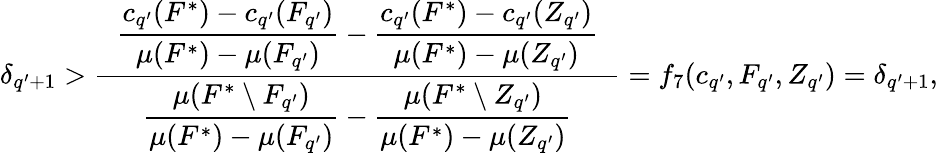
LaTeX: \delta_{q^{\prime}+1}>\frac{\hphantom{x}\displaystyle\frac{c_{q^{\prime}}(F^{*})-c_{q^{\prime}}(F_{q^{\prime}})}{\mu(F^{*})-\mu(F_{q^{\prime}})}-\frac{c_{q^{\prime}}(F^{*})-c_{q^{\prime}}(Z_{q^{\prime}})}{\mu(F^{*})-\mu(Z_{q^{\prime}})}\hphantom{x}}{\hphantom{x}\displaystyle\frac{\mu(F^{*}\setminus F_{q^{\prime}})}{\mu(F^{*})-\mu(F_{q^{\prime}})}-\frac{\mu(F^{*}\setminus Z_{q^{\prime}})}{\mu(F^{*})-\mu(Z_{q^{\prime}})}\hphantom{x}}=f_{7}(c_{q^{\prime}},F_{q^{\prime}},Z_{q^{\prime}})=\delta_{q^{\prime}+1},